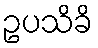
ဥပသိခိ